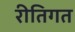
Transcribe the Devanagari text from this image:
रीतिगत